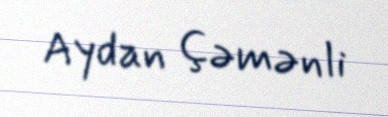
Aydan Çəmənli